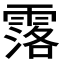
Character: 𮦣